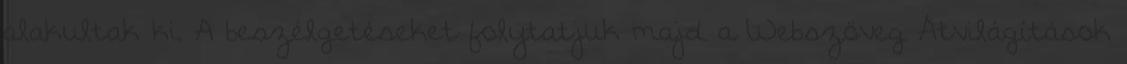
alakultak ki. A beszélgetéseket folytatjuk majd a Webszöveg Átvilágítások